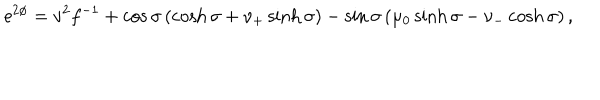
LaTeX: \mathrm { e } ^ { 2 \phi } = v ^ { 2 } f ^ { - 1 } + \cos \sigma \left( \cosh \sigma + \nu _ { + } \sinh \sigma \right) - \sin \sigma \left( \mu _ { 0 } \sinh \sigma - \nu _ { - } \cosh \sigma \right) ,